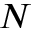
N